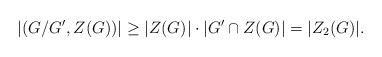
LaTeX: \begin{align*} |(G/G',Z(G))|\ge |Z(G)|\cdot |G' \cap Z(G)| =|Z_2(G)|. \end{align*}